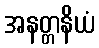
အနတ္တနိယံ